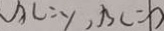
A C = y , B C = b